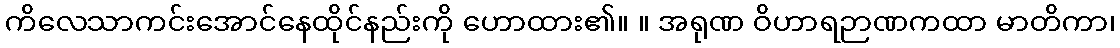
ကိလေသာကင်းအောင်နေထိုင်နည်းကို ဟောထား၏။ ။ အရုဏ ဝိဟာရဉာဏကထာ မာတိကာ၊